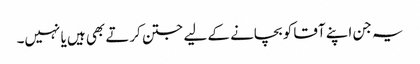
یہ جن اپنے آقا کو بچانے کے لیے جتن کرتے بھی ہیں یا نہیں۔